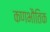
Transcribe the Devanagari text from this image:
कणभौतिक